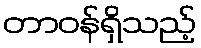
တာဝန်ရှိသည့်